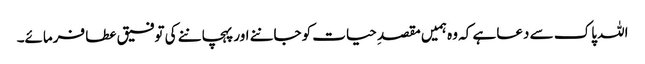
اللہ پاک سے دعا ہے کہ وہ ہمیں مقصدِ حیات کو جاننے اور پہچاننے کی توفیق عطا فرمائے۔